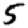
Digit: 5